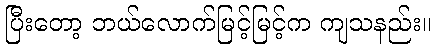
ပြီးတော့ ဘယ်လောက်မြင့်မြင့်က ကျသနည်း။